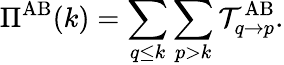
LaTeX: \Pi^{\mathrm{AB}}(k)=\sum_{q\leq k}\sum_{p>k}{\mathcal{T}}_{q\rightarrow p}^{\mathrm{AB}}.